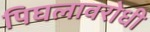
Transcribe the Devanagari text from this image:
पिघलावरोधी